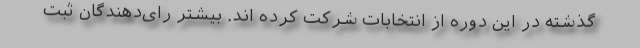
گذشته در این دوره از انتخابات شرکت کرده اند. بیشتر رای‌دهندگان ثبت